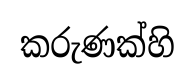
කරුණක්හි